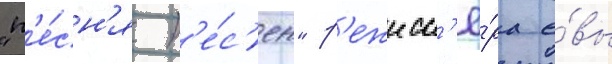
"п'е́сн'я п'е́с'ен" р'ежисс'ё́ра е́вы